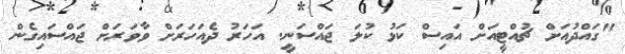
"ގައްދުއަށް ޗުއްޓީއަށް އައިސް ކަޅު ކުލަ ޖައްސަނީ. އަހަރު ދެއަހަރަށް ވާވަރަށް ޖައްސައިގެން